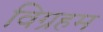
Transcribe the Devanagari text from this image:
विग्रहम